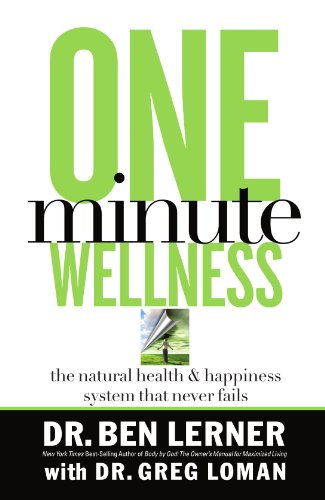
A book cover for One Minute Wellness: The Natural Health and   Happiness System That Never Fails; Ben Lerner; Health, Fitness & Dieting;